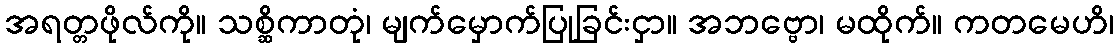
အရတ္တဖိုလ်ကို။ သစ္ဆိကာတုံ၊ မျက်မှောက်ပြုခြင်းငှာ။ အဘဗ္ဗော၊ မထိုက်။ ကတမေဟိ၊